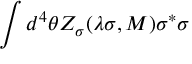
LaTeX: \int d ^ { 4 } \theta Z _ { \sigma } ( \lambda \sigma , M ) \sigma ^ { * } \sigma